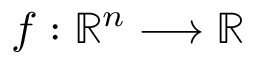
f : \mathbb { R } ^ { n } \longrightarrow \mathbb { R }